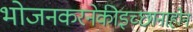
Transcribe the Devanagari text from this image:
भोजनकरनेकीइच्छानाहोन